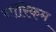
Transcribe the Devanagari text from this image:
नॉरिकम